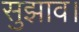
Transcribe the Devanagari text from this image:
सुझाव।